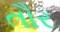
તૌર